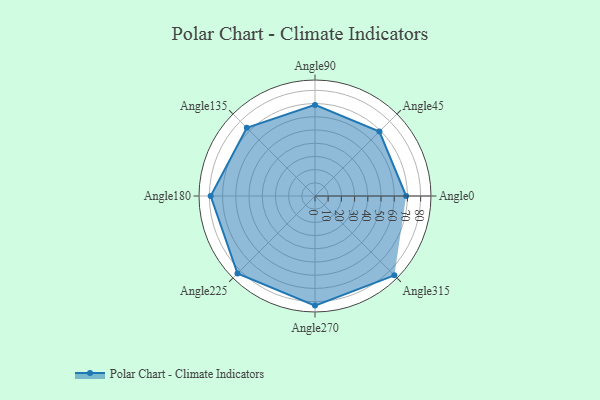
{"axis": {"x": "Angle", "y": "Radius"}, "legend": [""], "data": [{"x": "Angle0", "y": 69.0, "type": ""}, {"x": "Angle45", "y": 69.0, "type": ""}, {"x": "Angle90", "y": 69.0, "type": ""}, {"x": "Angle135", "y": 73.0, "type": ""}, {"x": "Angle180", "y": 79.0, "type": ""}, {"x": "Angle225", "y": 83.0, "type": ""}, {"x": "Angle270", "y": 83.0, "type": ""}, {"x": "Angle315", "y": 85.0, "type": ""}]}